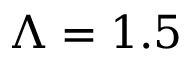
\Lambda = 1 . 5